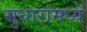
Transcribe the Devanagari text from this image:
सुधारांमध्ये